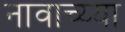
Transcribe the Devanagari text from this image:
नावाच्य्या